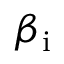
\beta _ { \mathrm { i } }